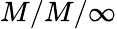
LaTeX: M/M/\infty